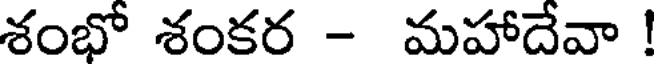
శంభో శంకర - మహాదేవా !